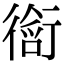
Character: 𬡀